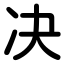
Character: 决